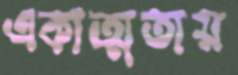
একাত্মতায়